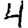
Digit: 4